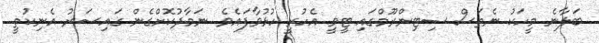
ބަލާނެ މީހަކު ނެތަސް ސިޓިންރޫމްގައި ޓީވީ އެހުރީ ހުޅުވާފައެވެ. ނަމާދުކޮށްގެން ގައިސަރު އެނިކުތީ